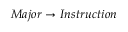
M a j o r \rightarrow I n s t r u c t i o n